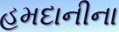
હમદાનીના